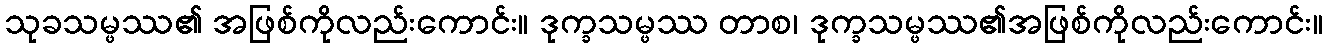
သုခသမ္ဖဿ၏ အဖြစ်ကိုလည်းကောင်း။ ဒုက္ခသမ္ဖဿ တာစ၊ ဒုက္ခသမ္ဖဿ၏အဖြစ်ကိုလည်းကောင်း။